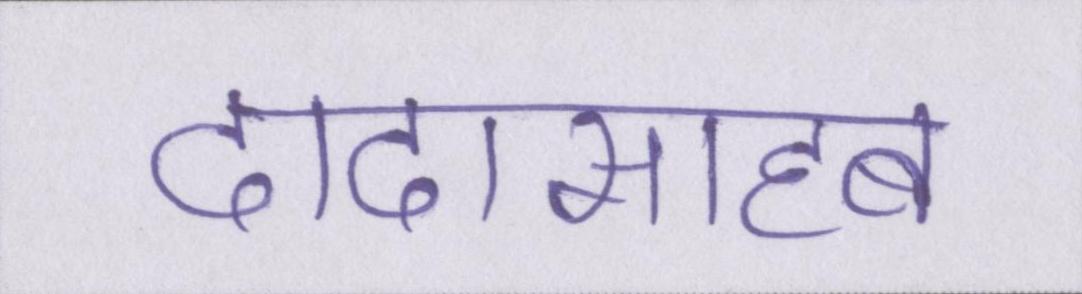
दादासाहब